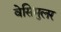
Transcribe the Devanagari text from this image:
वेसिमुलर